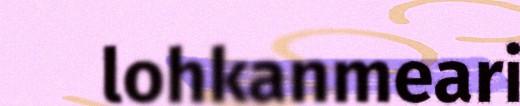
lohkanmeari